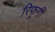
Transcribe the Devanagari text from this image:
रिफूगी